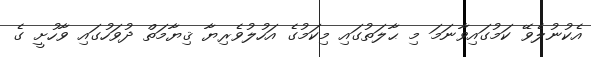
އެކުނުލެވޭ ކަމުގައިވާނަމަ މި ޙާލަތުގައި މިކަމުގެ އަހުލުވެރިޔާ ޤިޔާމަތް ދުވަހުގައި ވާހުށީ ގެ